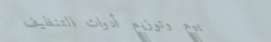
بيع وتوزيع أدوات التنظيف